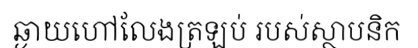
ឆ្ងាយហៅលែងត្រឡប់ របស់ស្ថាបនិក